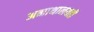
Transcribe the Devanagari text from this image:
अनाथालयही